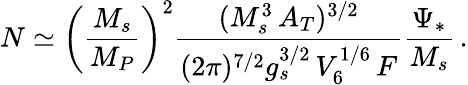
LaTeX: N\simeq\left(\frac{M_{s}}{M_{P}}\right)^{2}\frac{(M_{s}^{3}\, A_{T})^{3/2}}{(2\pi)^{7/2}g_{s}^{3/2}\, V_{6}^{1/6}\, F}\frac{\Psi_{*}}{M_{s}}\, .